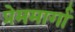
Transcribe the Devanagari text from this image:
प्रेममार्गा